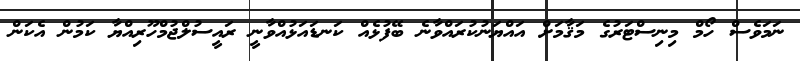
ނަމަވެސް ހޯމް މިނިސްޓަރުގެ މަޤާމަށް އައްޔަނުކުރައްވާނެ ބޭފުޅެއް ކަނޑައަޅުއްވާނީ ރައީސުލްޖުމްހޫރިއްޔާ ކަމުން އެކަން